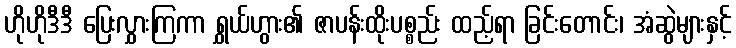
ဟိုဟိုဒီဒီ ပြေးလွှားကြကာ ရွှယ်ဟွား၏ ဇာပန်းထိုးပစ္စည်း ထည့်ရာ ခြင်းတောင်း၊ အံဆွဲများနှင့်